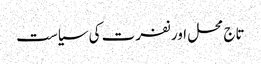
تاج محل اور نفرت کی سیاست